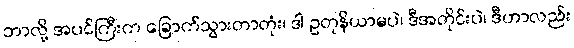
ဘာလို့ အပင်ကြီးက ခြောက်သွားတာတုံး၊ ဒါ ဥတုနိယာမပဲ၊ ဒီအတိုင်းပဲ၊ ဒီဟာလည်း